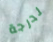
لدرجة